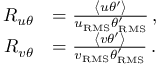
\begin{array} { r l } { R _ { u \theta } } & { = \frac { \left< u \theta ^ { \prime } \right> } { u _ { \mathrm { { R M S } } } \theta _ { \mathrm { R M S } } ^ { \prime } } \, , } \\ { R _ { v \theta } } & { = \frac { \left< v \theta ^ { \prime } \right> } { v _ { \mathrm { { R M S } } } \theta _ { \mathrm { R M S } } ^ { \prime } } \, . } \end{array}